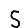
Digit: 5